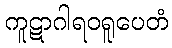
ကူဋာဂါရဝရူပေတံ